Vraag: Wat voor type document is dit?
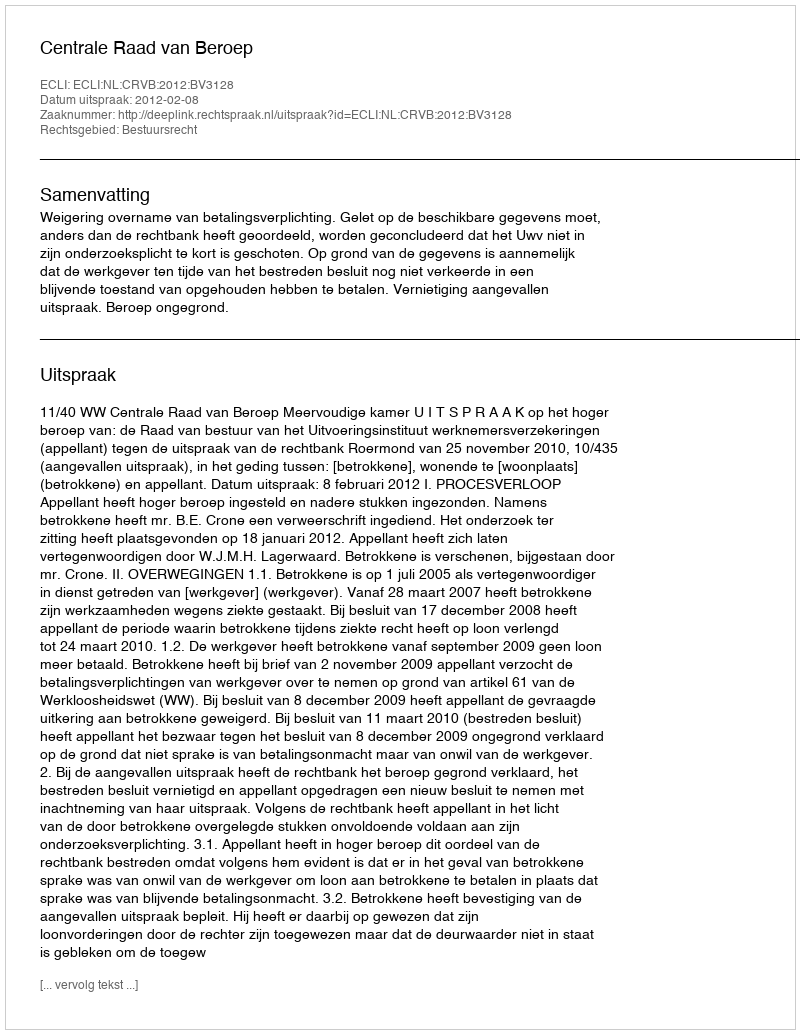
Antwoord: Uitspraak